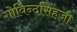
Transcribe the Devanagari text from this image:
गोविन्दसिंहजी